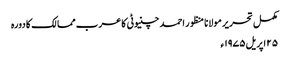
مکمل تحریر مولانا منظور احمد چنیوٹی کا عرب ممالک کا دورہ
۲۵ اپریل ۱۹۷۵ء